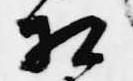
相